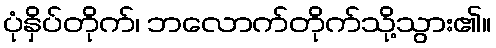
ပုံနှိပ်တိုက်၊ ဘလောက်တိုက်သို့သွား၏။